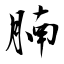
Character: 腩